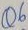
Text: Q6